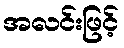
အလင်းဖြင့်